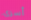
أسرى